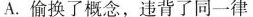
A.偷换了概念，违背了同一律